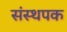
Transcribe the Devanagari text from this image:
संस्थपक